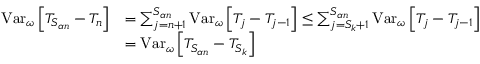
\begin{array} { r l } { \mathrm { V a r } _ { \omega } \left[ T _ { S _ { \alpha n } } - T _ { n } \right] } & { = \sum _ { j = n + 1 } ^ { S _ { \alpha n } } \mathrm { V a r } _ { \omega } \left[ T _ { j } - T _ { j - 1 } \right] \leq \sum _ { j = { S _ { k } } + 1 } ^ { S _ { \alpha n } } \mathrm { V a r } _ { \omega } \left[ T _ { j } - T _ { j - 1 } \right] } \\ & { = \mathrm { V a r } _ { \omega } \left[ T _ { S _ { \alpha n } } - T _ { S _ { k } } \right] } \end{array}